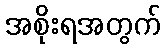
အစိုးရအတွက်